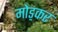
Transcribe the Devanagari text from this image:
मोड़़कर